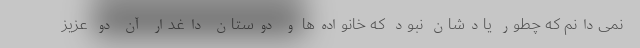
نمی‌دانم که چطور یادشان نبود که خانواده‌ها و دوستان داغدار آن دو عزیز